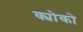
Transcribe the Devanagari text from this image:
क्योको